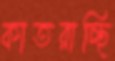
কাতরাচ্ছি